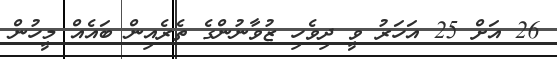
26 އަށް 25 އަހަރު ވީ ދިވެހި ޒުވާނުންގެ ތެރެއިން ބައެއް މީހުން